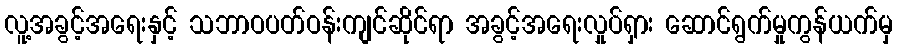
လူ့အခွင့်အရေးနှင့် သဘာဝပတ်ဝန်းကျင်ဆိုင်ရာ အခွင့်အရေးလှုပ်ရှား ဆောင်ရွက်မှုကွန်ယက်မှ